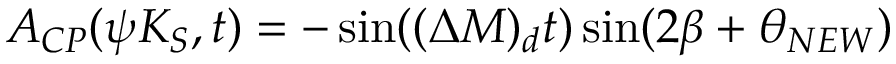
A _ { C P } ( \psi K _ { S } , t ) = - \sin ( ( \Delta M ) _ { d } t ) \sin ( 2 \beta + \theta _ { N E W } )